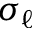
\sigma _ { \ell }